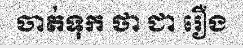
ចាត់ទុក ថា ជា រឿង